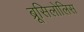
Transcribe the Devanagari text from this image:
ब्रूसिलोलिस